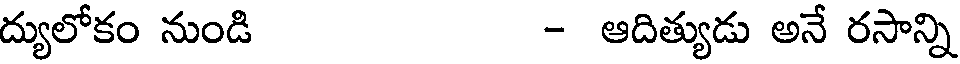
ద్యులోకం నుండి - ఆదిత్యుడు అనే రసాన్ని